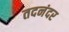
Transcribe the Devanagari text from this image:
तदनंदर